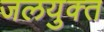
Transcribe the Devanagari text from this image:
जलयुक्‍त